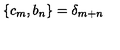
\lbrace c _ { m } , b _ { n } \rbrace = { \delta } _ { m + n }